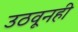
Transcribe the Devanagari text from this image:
उठवूनही